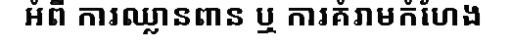
អំពី ការឈ្លានពាន ឬ ការគំរាមកំហែង